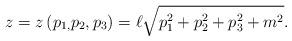
LaTeX: \begin{align*}z=z\left( p_{1,}p_{2},p_{3}\right) =\ell \sqrt{p_{1}^{2}+p_{2}^{2}+p_{3}^{2}+m^{2}}.\end{align*}